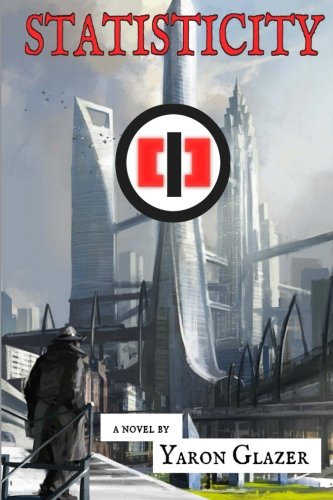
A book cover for Statisticity; Yaron Glazer; Science Fiction & Fantasy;